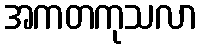
အကတကုသလာ